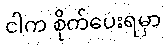
ငါက စိုက်ပေးရမှာ